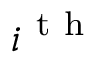
i ^ { \mathrm { ~ t ~ h ~ } }